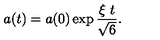
a ( t ) = a ( 0 ) \exp { { { \frac { \xi \ t } { \sqrt 6 } } } } .